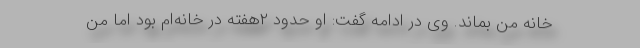
خانه من بماند. وی در ادامه گفت: او حدود ۲هفته در خانه‌ام بود اما من